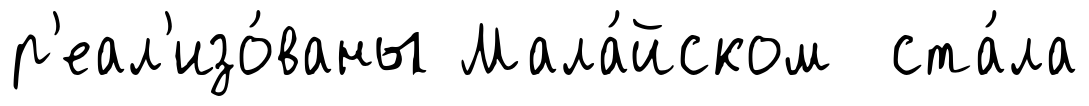
р'еал'изо́ваны Мала́йском ста́ла